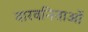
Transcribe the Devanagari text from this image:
वारवनिताओं